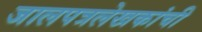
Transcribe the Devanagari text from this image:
जालपत्रलेखकांची